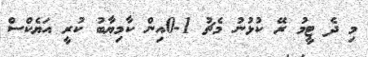
މި ދެ ޓީމު ރޭ ކުޅުނު މެޗު 1-0އިން ކާމިޔާބު ކުރީ އަޔެކްސް